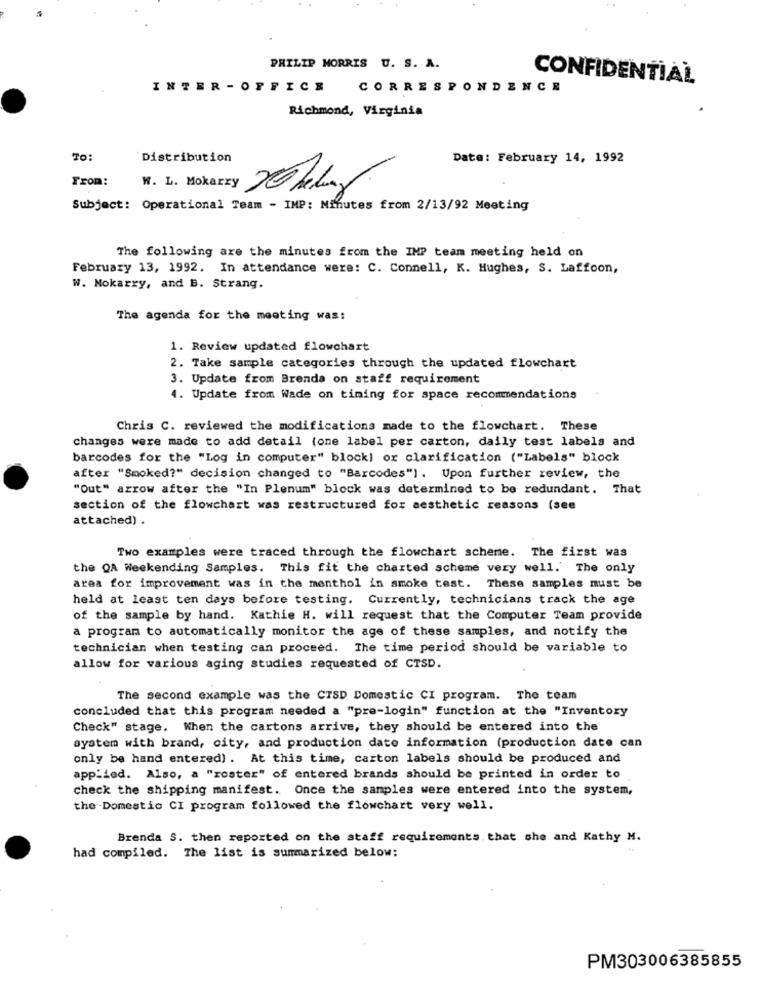
PHILIP MORRIS U. S. A.
CONFIDENTIAL
INTER - OFFICE CORRESPONDENCE
Richmond, Virginia
TO:
Distribution
Date: February 14, 1992
From:
N. L. Mokarzy Thely
Subject: Operational Team - IMP: Minutes from 2/13/92 Meeting
The following are the minutes from the IMP team meeting held on
February 13, 1992. In attendance were: C. Connell, K. Hughes, S. Laffoon,
W. Nokarry, and B. Strang.
The agenda for the meeting was:
1. Review updated flowchart
2. Take sample categories through the updated flowchart
3. Update from Brenda on staff requirement
4. Update from Wade on timing for space recommendations
Chris C. reviewed the modifications made to the flowchart. These
changes were made to add detail (one label per carton, daily test labels and
barcodes for the "Log in computer" block] or clarification ("Labels" block
after "Smoked?" decision changed to "Barcodes"]. Upon further review, the
"Out" arrow after the "In Plenum" block was determined to be redundant. That
section of the flowchart was restructured for aesthetic reasons (see
attached) .
Two examples were traced through the flowchart scheme. The first was
the QA Weekending Samples. This fit the charted scheme very well.' The only
area for improvement was in the menthol in smoke test. These samples must be
held at least ten days before testing. Currently, technicians track the age
of the sample by hand. Kathie H. will request that the Computer Team provide
a program to automatically monitor the age of these samples, and notify the
technician when testing can proceed. The time period should be variable to
allow for various aging studies requested of CTSD.
The second example was the CISD Domestic CI program. The team
concluded that this program needed a "pre-login" function at the "Inventory
Check" stage. When the cartons arrive, they should be entered into the
system with brand, city, and production date information (production date can
only be hand entered). At this time, carton labels should be produced and
applied. Also, a "roster" of entered brands should be printed in order to
check the shipping manifest. Once the samples were entered into the system,
the Domestic CI program followed the flowchart very well.
Brenda S. then reported on the staff requirements. that she and Kathy M.
had compiled. The list is summarized below:
PM303006385855